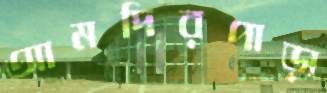
আমদিরপাড়া